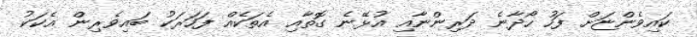
ކައިވެންޏަށް ފަހު ހޯދާނެ ދަރިންނާއި އުޅޭނެ ގޮތާއި އެތަކެއް ފަހަރަކު ބައިވެރިން އެކަކު